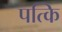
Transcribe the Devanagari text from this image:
पत्कि